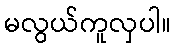
မလွယ်ကူလှပါ။